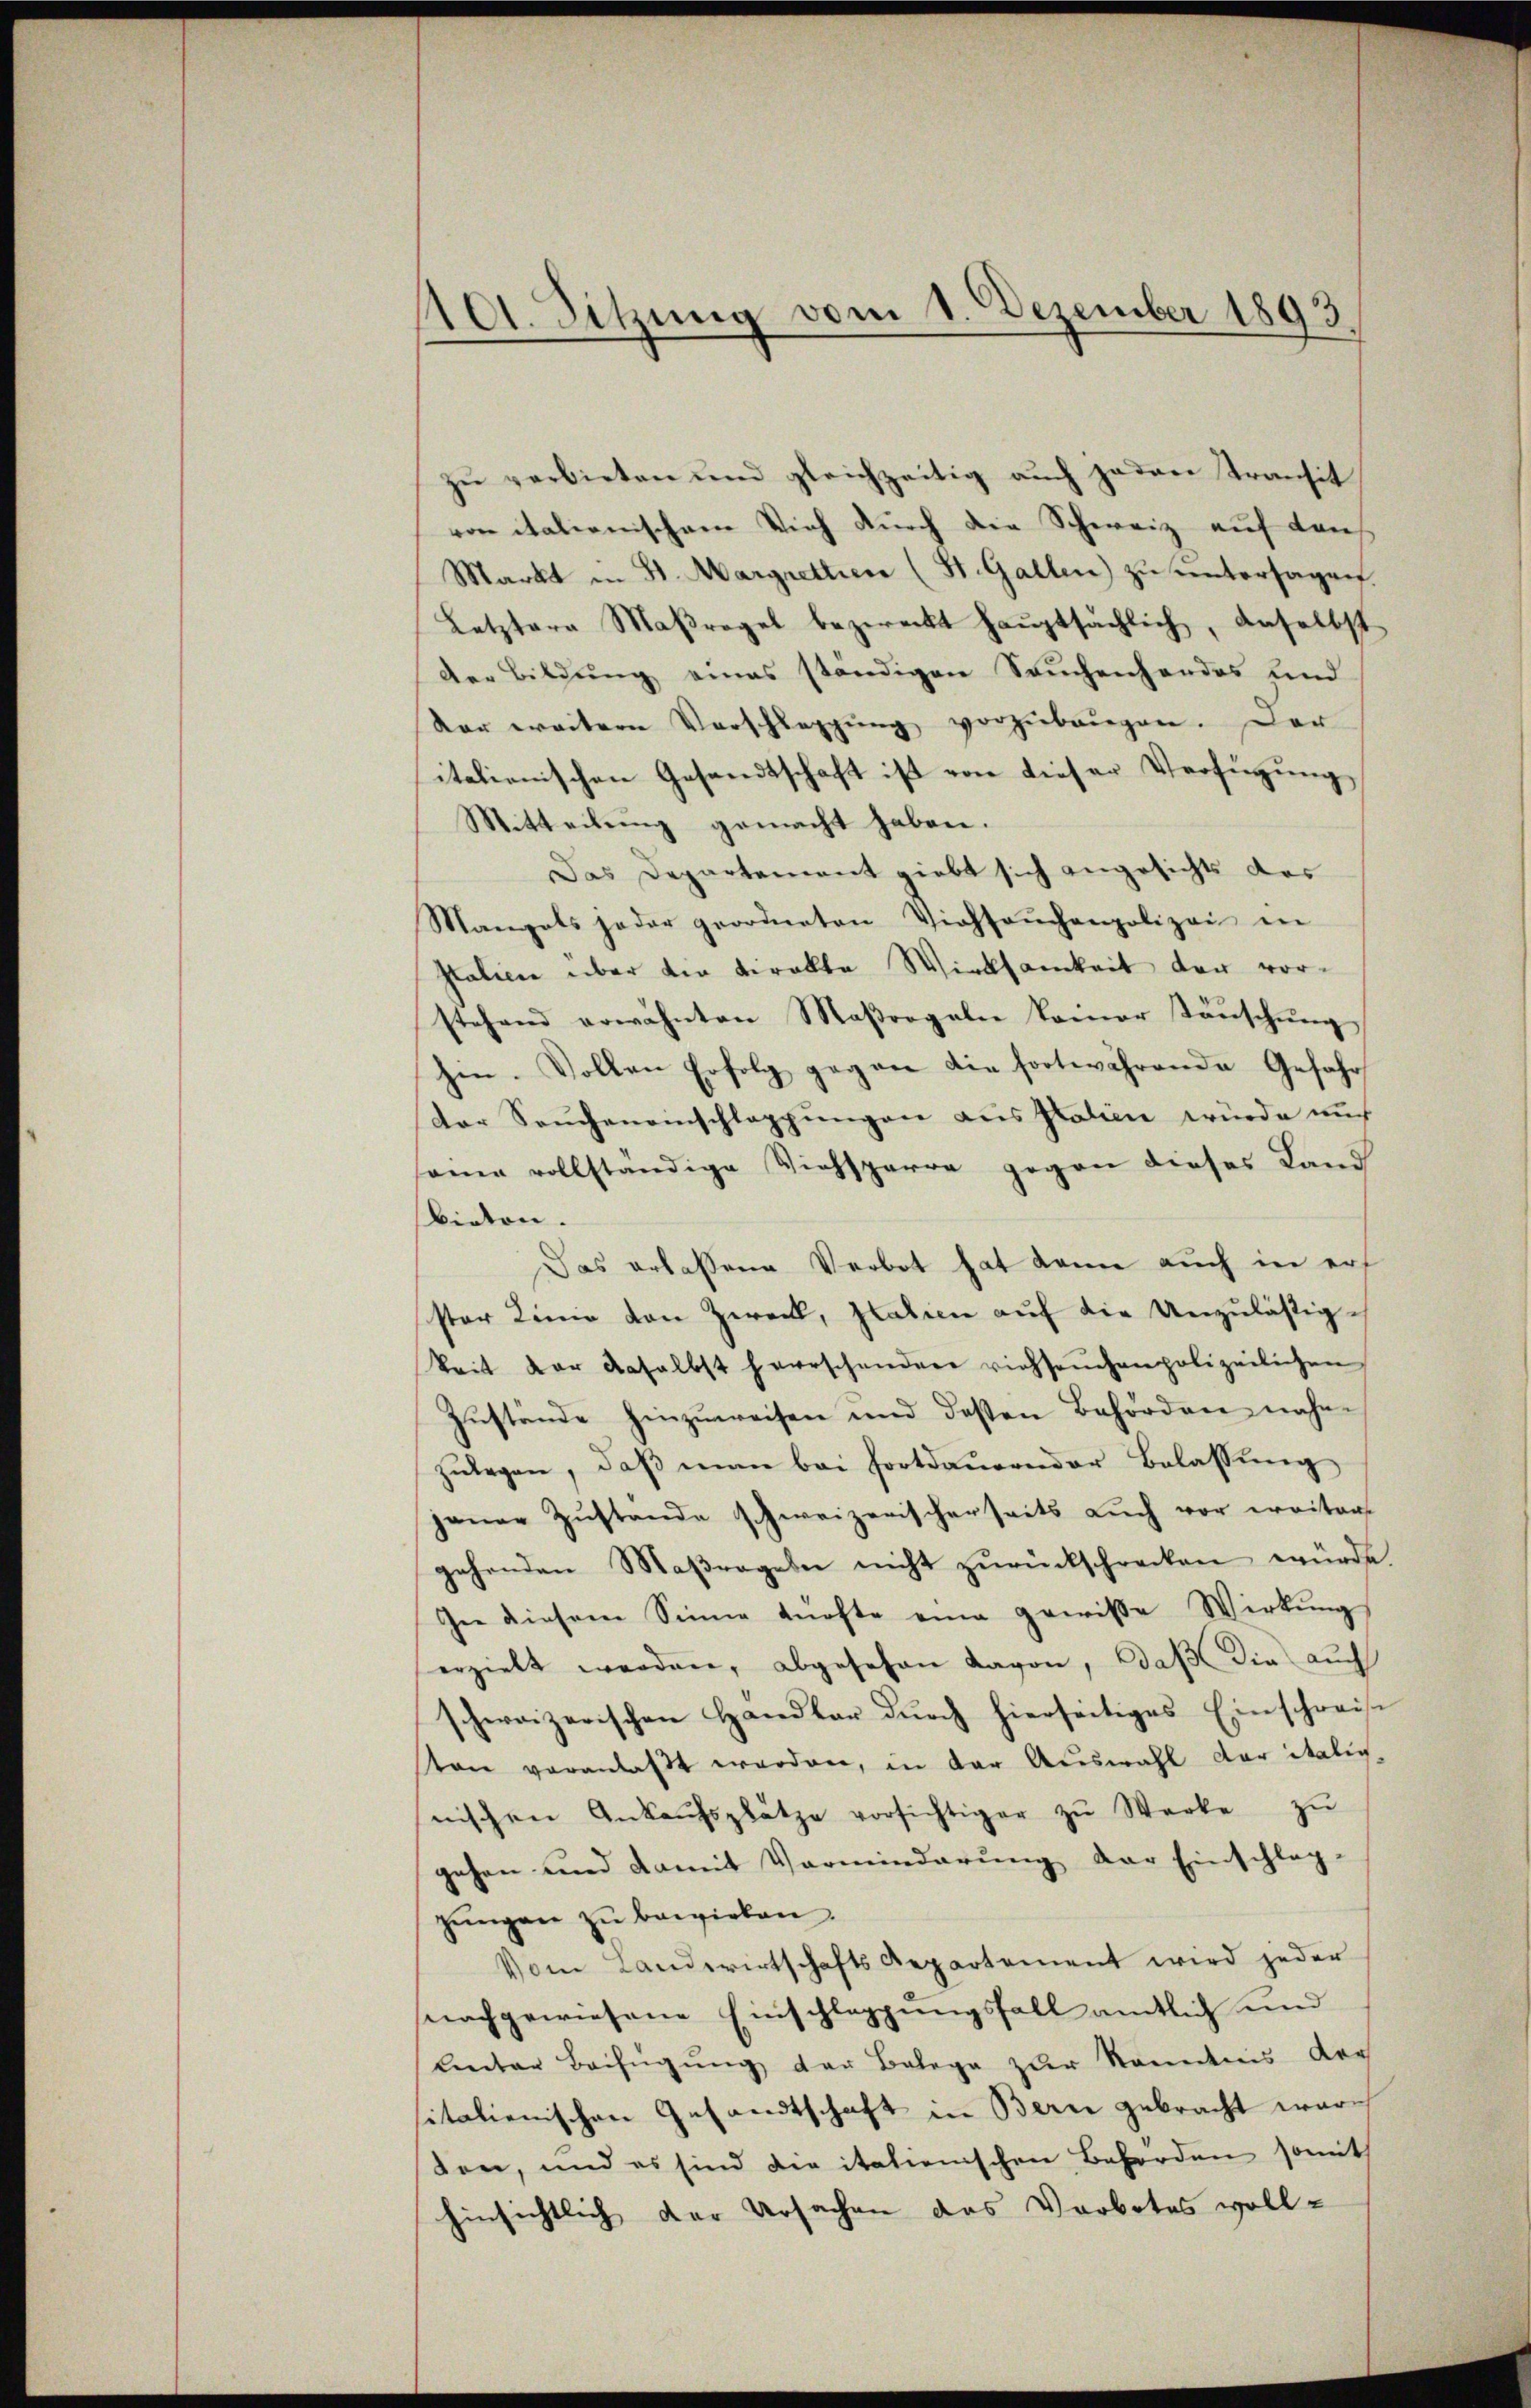
1101. Sitzung vom 1. Dezember 1893

zŭ verbieten und gleichzeitig aŭch jeden Transit
von italienischem Vieh durch die Schweiz auf dans
Markt in St. Margretten (St. Gallen zŭ ŭntersagen.
Letztere Maßregel bezweckt haŭptsächlich, anselbst
der Bildŭng eines ständigen Sachenhordes und
dar weitern Vorschleppung vorzŭbangen. Der
italienischen Gesandtschaft ist von dieser Verfügung,
Mitteilung gemacht haben.
Das Departement giebt sich angesichts das
Mangels jeder geordneten Viehseuchenpolizei in
Italinie über der tirakte Wirksamkeit der vorstehend erwähnten Maßregeln keiner Täŭschŭng
hin. Vollen Erfolg gegen die fortwährende Gefahr
der Seucheneinschlappungen aus Italien würde auch
aene vollständige Viehsparre gegen dieses Land
bieten.
Das erlassene Verbot hat kann auch in erf
ster Linie von Zweck, statien aŭf die Unzuläßigkeit der daselbst herrschenden viehseuchenpolizeilichen
Zŭstände hinzuweisen und deßen Behörden nahen
zŭlegen, daβ man bei fortdauernder Belassŭng
jener Zustande schweizerischerseits auch vor weiter
gehenden Maßregeln nicht zŭrückschrecken würde.
In diesem Sinne durfte eine gewiße Wirkung
erzielt werden, abgesehen davon, daß die auch
schweizerischen Handler dŭrch hierseitiges Einschweise
sten veranlaßt werden, in der Auswahl der italig,
nischen Ankaŭfsplätze vorsichtiger zŭ Werke zŭ
gehen und damit Vorminderung der Einschlag-
gŭngen zŭ bewirken.
Vom Landwirtschafts Repartement wird jeder
nachgewiesene Einschlagungsfall amtlich und
leter Beifügung der Belege zur Kenntnis der
sitalienischen Gesandtschaft in Bern gebracht ware
den, und es sind die italienischen Behörden somit
hinsichtlich der Ursachen das Verbotes voll-